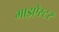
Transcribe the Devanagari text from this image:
माइऐस्टर